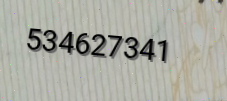
534627341